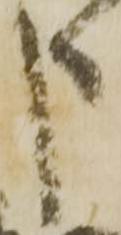
申